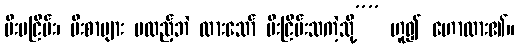
မီးမငြိမ်း၊ မီးစာများ မထည့်ဘဲ ထားသော် မီးငြိမ်းသကဲ့သို့”” ဟူ၍ ဟောထား၏။